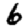
Digit: 6